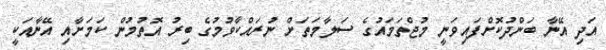
އަދި އޭނާ ބަންދުކޮށްފައިވަނީ މުޖްތަމައުގެ ސަލާމަތަށް ނުރައްކާވުމުގެ ބިރު އޮތުމުން ކަމަށާއި އޭނާއަކީ